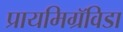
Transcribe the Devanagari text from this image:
प्रायमिग्रॅविडा